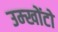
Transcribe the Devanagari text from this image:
उम्खोंटो